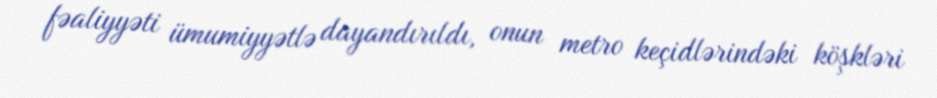
fəaliyyəti ümumiyyətlə dayandırıldı, onun metro keçidlərindəki köşkləri